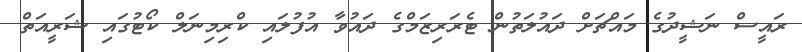
ރައީސް ނަޝީދުގެ މައްޗަށް ދައުލަތުން ޓެރަރިޒަމްގެ ދައުވާ އުފުލައި ކްރިމިނަލް ކޯޓުގައި ޝަރީއަތް